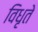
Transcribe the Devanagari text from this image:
विधृते